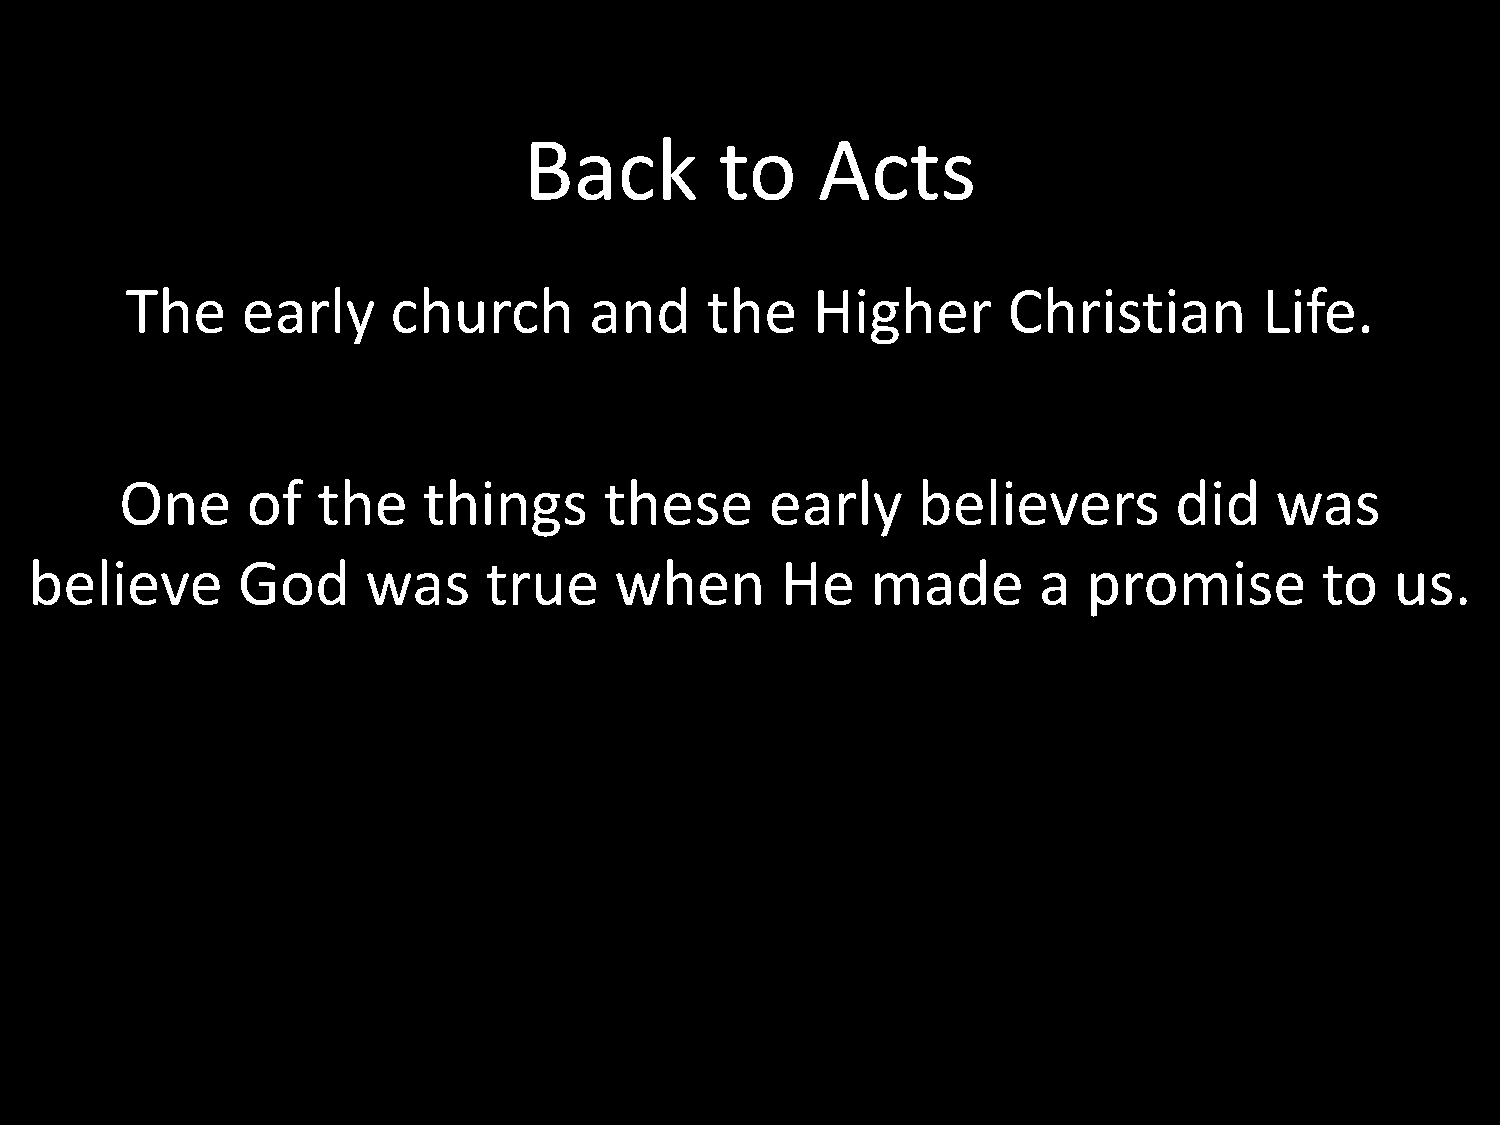
Back         to    Acts
 The     early     church       and     the    Higher       Christian        Life.
 One     of   the    things      these      early     believers        did   was
 believe       God     was     true     when       He    made       a  promise        to   us.